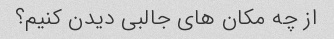
از چه مکان های جالبی دیدن کنیم؟